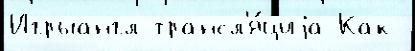
Игрыангл трансл'я́циjа Как